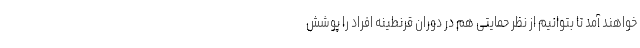
خواهند آمد تا بتوانیم از نظر حمایتی هم در دوران قرنطینه افراد را پوشش